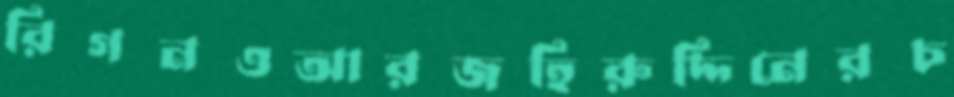
রিগনওআরজহিরুদ্দিনেরচ